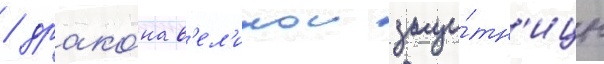
/ драко́на в'ел'икои защи́тн'ицы